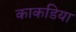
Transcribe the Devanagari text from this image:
काकडिया